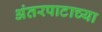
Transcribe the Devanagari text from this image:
अंतरपाटाच्या